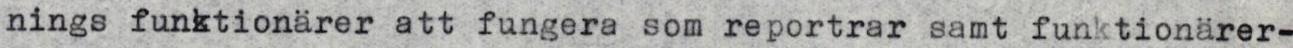
nings funktionärer att fungera som reportrar samt funktionärer-